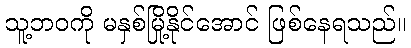
သူ့ဘဝကို မနှစ်မြို့နိုင်အောင် ဖြစ်နေရသည်။